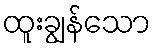
ထူးချွန်သော